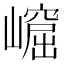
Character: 𡼿